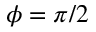
\phi = \pi / 2